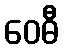
ဝေဓီ